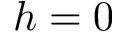
h = 0